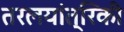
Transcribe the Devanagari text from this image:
तरलयांत्रिकी